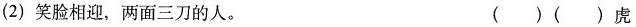
(2)笑脸相迎，两面三刀的人。 ( )( )虎